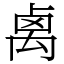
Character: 禼